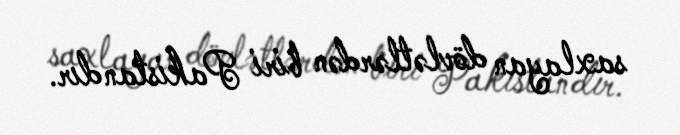
saxlayan dövlətlərdən biri Pakistandır.